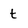
Character: t